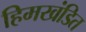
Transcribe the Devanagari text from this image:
हिमखंडित